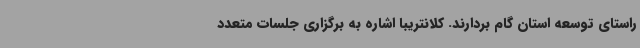
راستای توسعه استان گام بردارند. کلانتریبا اشاره به برگزاری جلسات متعدد